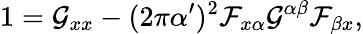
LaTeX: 1=\mathcal{G}_{xx}-(2\pi\alpha^{\prime})^{2}\mathcal{F}_{x\alpha}\mathcal{G}^{\alpha\beta}\mathcal{F}_{\beta x},